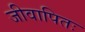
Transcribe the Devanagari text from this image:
जीवापितः